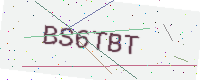
Text: BS6TBT